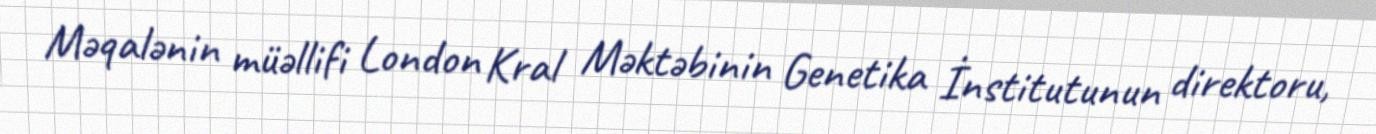
Məqalənin müəllifi London Kral Məktəbinin Genetika İnstitutunun direktoru,